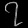
Digit: ၇